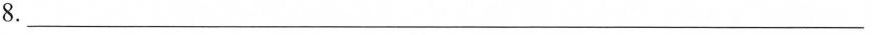
8.___